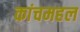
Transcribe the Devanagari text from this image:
कांचमहल